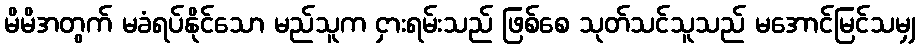
မိမိအတွက် မခံရပ်နိုင်သော မည်သူက ငှားရမ်းသည် ဖြစ်စေ သုတ်သင်သူသည် မအောင်မြင်သမျှ